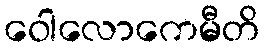
ဝေါလောကေမီတိ